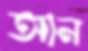
আন